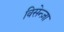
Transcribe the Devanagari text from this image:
विसेन्ज़ा